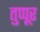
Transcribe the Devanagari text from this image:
तुप्पूर